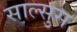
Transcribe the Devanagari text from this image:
साल्सुस